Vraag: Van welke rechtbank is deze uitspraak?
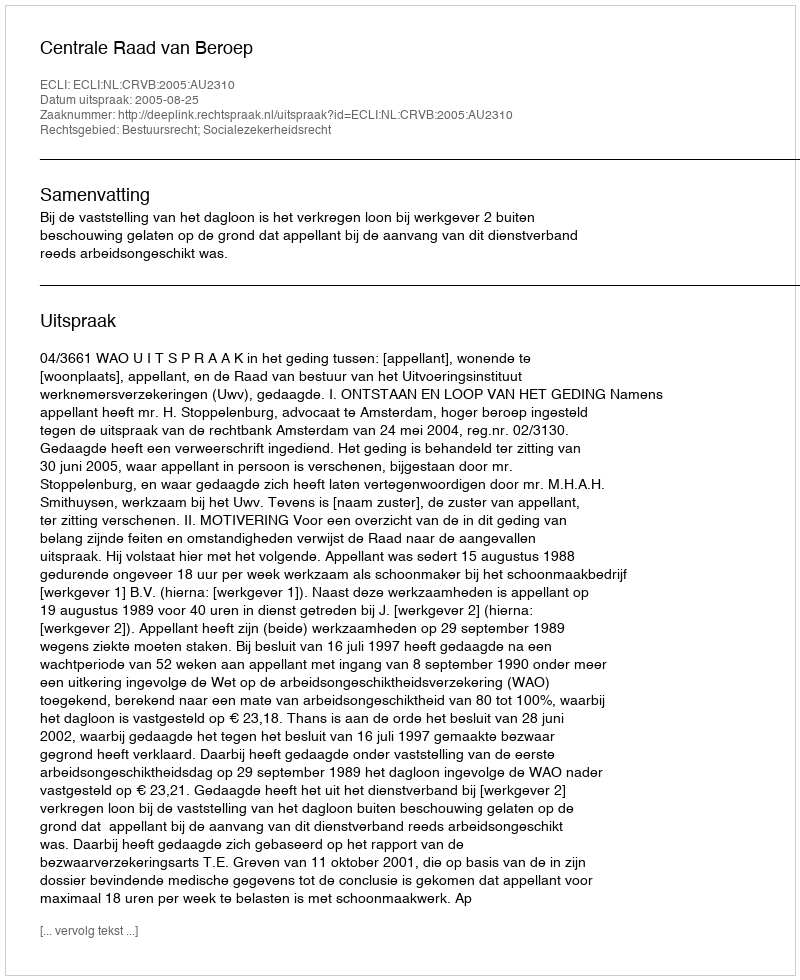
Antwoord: Centrale Raad van Beroep